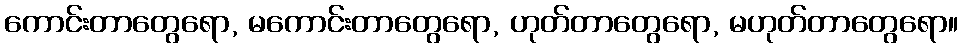
ကောင်းတာတွေရော, မကောင်းတာတွေရော, ဟုတ်တာတွေရော, မဟုတ်တာတွေရော။